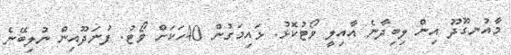
މާއުނގޫދޫ އިން ލިބިދާނެ އާއިލީ ވޯޓުކޮޅު. ޅައިމަގުން 40ހަކަށް ވޯޓު. ފުނަދޫއިން ނުލިބޭނެ